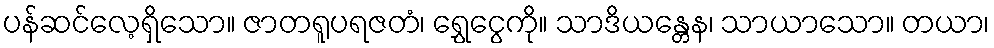
ပန်ဆင်လေ့ရှိသော။ ဇာတရူပရဇတံ၊ ရွှေငွေကို။ သာဒိယန္တေန၊ သာယာသော။ တယာ၊